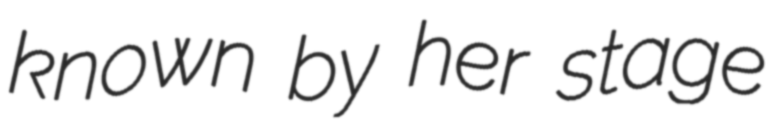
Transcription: known by her stage